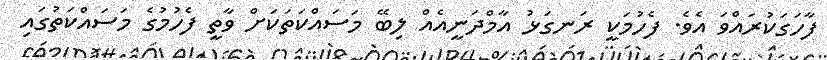
ފާހަގަކުރައްވަ އެވެ. ފެހުމަކީ ރަނގަޅު އާމްދަނީއެއް ލިބޭ މަސައްކަތަކަށް ވާތީ ފެހުމުގެ މަސައްކަތުގައި